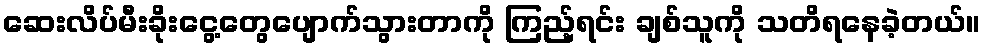
ဆေးလိပ်မီးခိုးငွေ့တွေပျောက်သွားတာကို ကြည့်ရင်း ချစ်သူကို သတိရနေခဲ့တယ်။